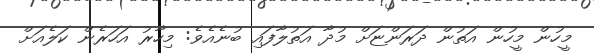
މީހުން މީހުން އަތުން ދަރަންޏަށް މުދާ އަތުލާފައި ބުނެއެވެ: މިހާރު އަހަރެން ކަލެއަށް